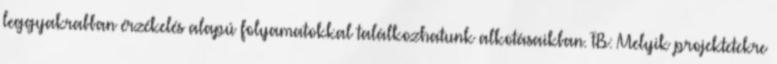
leggyakrabban érzékelés alapú folyamatokkal találkozhatunk alkotásaikban. FB: Melyik projektetekre